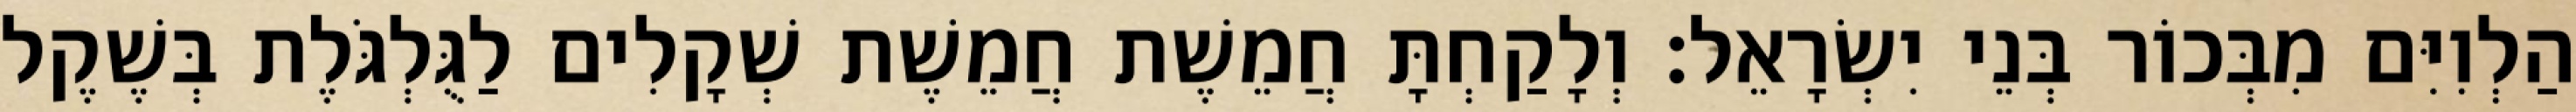
הַלְוִיִּם מִבְּכוֹר בְּנֵי יִשְׂרָאֵל׃ וְלָקַחְתָּ חֲמֵשֶׁת חֲמֵשֶׁת שְׁקָלִים לַגֻּלְגֹּלֶת בְּשֶׁקֶל